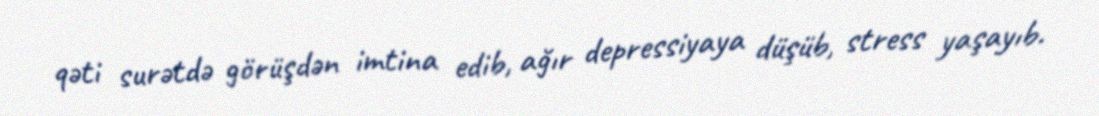
qəti surətdə görüşdən imtina edib, ağır depressiyaya düşüb, stress yaşayıb.